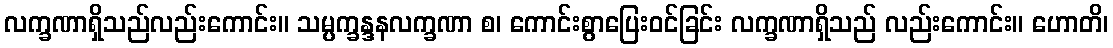
လက္ခဏာရှိသည်လည်းကောင်း။ သမ္ပက္ခန္ဒနလက္ခဏာ စ၊ ကောင်းစွာပြေးဝင်ခြင်း လက္ခဏာရှိသည် လည်းကောင်း။ ဟောတိ၊